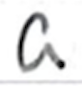
Text: a
Cross-out: clean
Writing tool: ballpoint